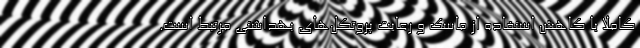
کاملا با کاهش استفاده از ماسک و رعایت پروتکل‌های بهداشتی مرتبط است.